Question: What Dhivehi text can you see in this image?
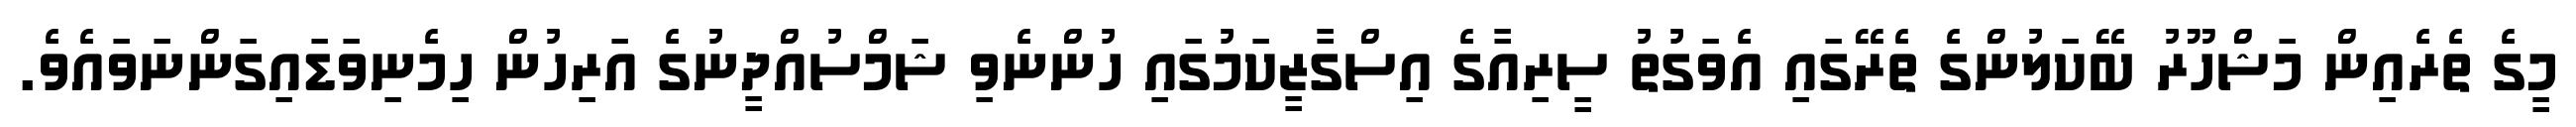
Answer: މީގެ ތެރެއިން މަޝްހޫރު ބޭކަލުންގެ ތެރޭގައި އެވަގުތު ސީރިއާގެ އިސްގާޒީކަމުގައި ހުންނެވި ޝަމްސުއްދީނުގެ އަރިހުން ހިމެނިވަޑައިގަންނަވައެވެ.